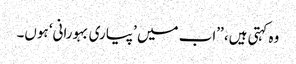
وہ کہتی ہیں، ’’اب میں ’پیاری بہورانی‘ ہوں۔